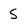
Character: S